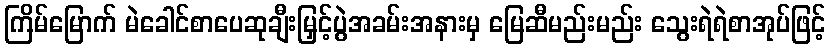
ကြိမ်မြောက် မဲခေါင်စာပေဆုချီးမြှင့်ပွဲအခမ်းအနားမှ မြေဆီမည်းမည်း သွေးရဲရဲစာအုပ်ဖြင့်